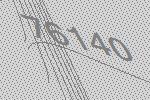
76140